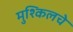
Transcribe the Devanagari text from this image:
मुश्किलचे